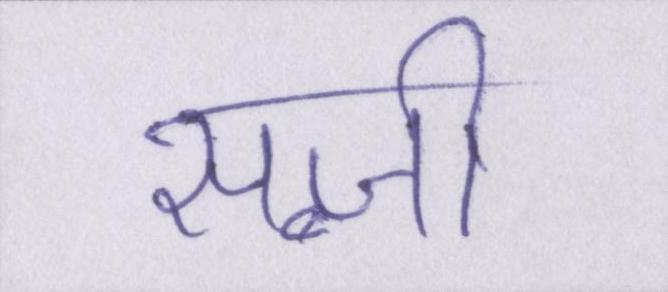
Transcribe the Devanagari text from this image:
सब्जी